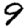
Digit: 9